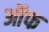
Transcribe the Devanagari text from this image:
ऑफ